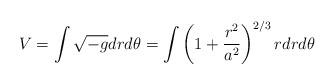
LaTeX: \begin{align*}V=\int\sqrt{-g}dr d\theta=\int \left(1+\frac{r^2}{a^2}\right)^{2/3}rdrd\theta\end{align*}